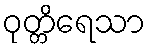
ဝုတ္တိရေသာ